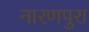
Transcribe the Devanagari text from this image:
नारणपुरा